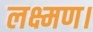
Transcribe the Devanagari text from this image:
लक्ष्मण।